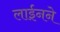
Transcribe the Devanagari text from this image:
लाईनने